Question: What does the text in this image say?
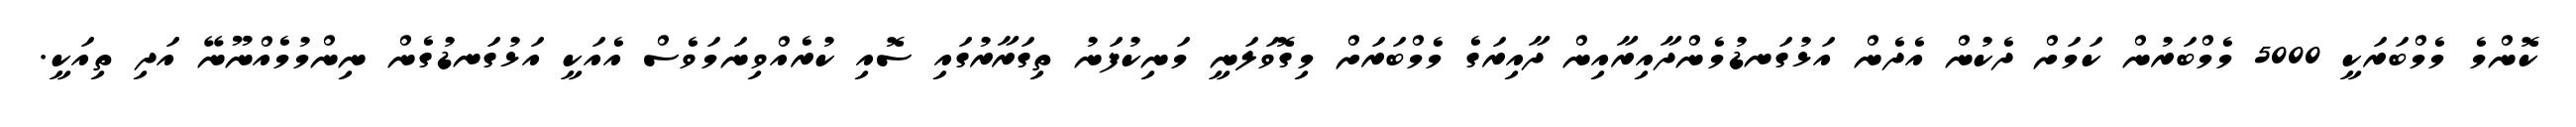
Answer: ކޮންމެ މެމްބަރަކީ 5000 މެމްބަރުން ކަމަށް ދެކުން އެދެން އަޅުގަނޑުމެންދާއިރާއިން ދާއިރަގެ މެމްބަރަށް މިގޮވަލަނީ މަނިކުފަނު ތިގަރާރުގައި ސޮއި ކުރެއްވިނަމަވެސް އެއަކީ އަޅުގަނޑުގެން ނިންމުމެއްނޫނޭ އަދި ތިއަކީ.